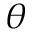
\theta